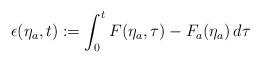
LaTeX: \begin{align*}\epsilon(\eta_a,t) := \int_0^t F(\eta_a,\tau)-F_a(\eta_a) \,d \tau\end{align*}